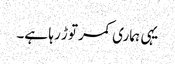
یہی ہماری کمر توڑ رہا ہے۔